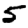
Digit: 5